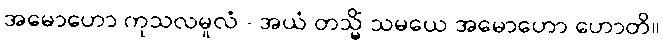
အမောဟော ကုသလမူလံ - အယံ တသ္မိံ သမယေ အမောဟော ဟောတိ။